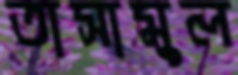
তাসামুল